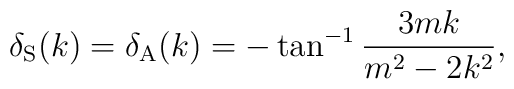
\delta_{\rm S}(k) = \delta_{\rm A}(k) =  -\tan^{-1} \frac{3mk}{m^2-2k^2},